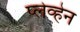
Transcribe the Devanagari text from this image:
प्लेव्हेन